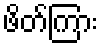
ဖိတ်ကြား